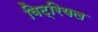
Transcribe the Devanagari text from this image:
विट्रियल